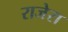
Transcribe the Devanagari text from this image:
राजेरा